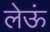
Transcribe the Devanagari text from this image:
लेऊं